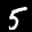
Label: 5